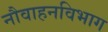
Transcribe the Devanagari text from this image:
नौवाहनविभाग